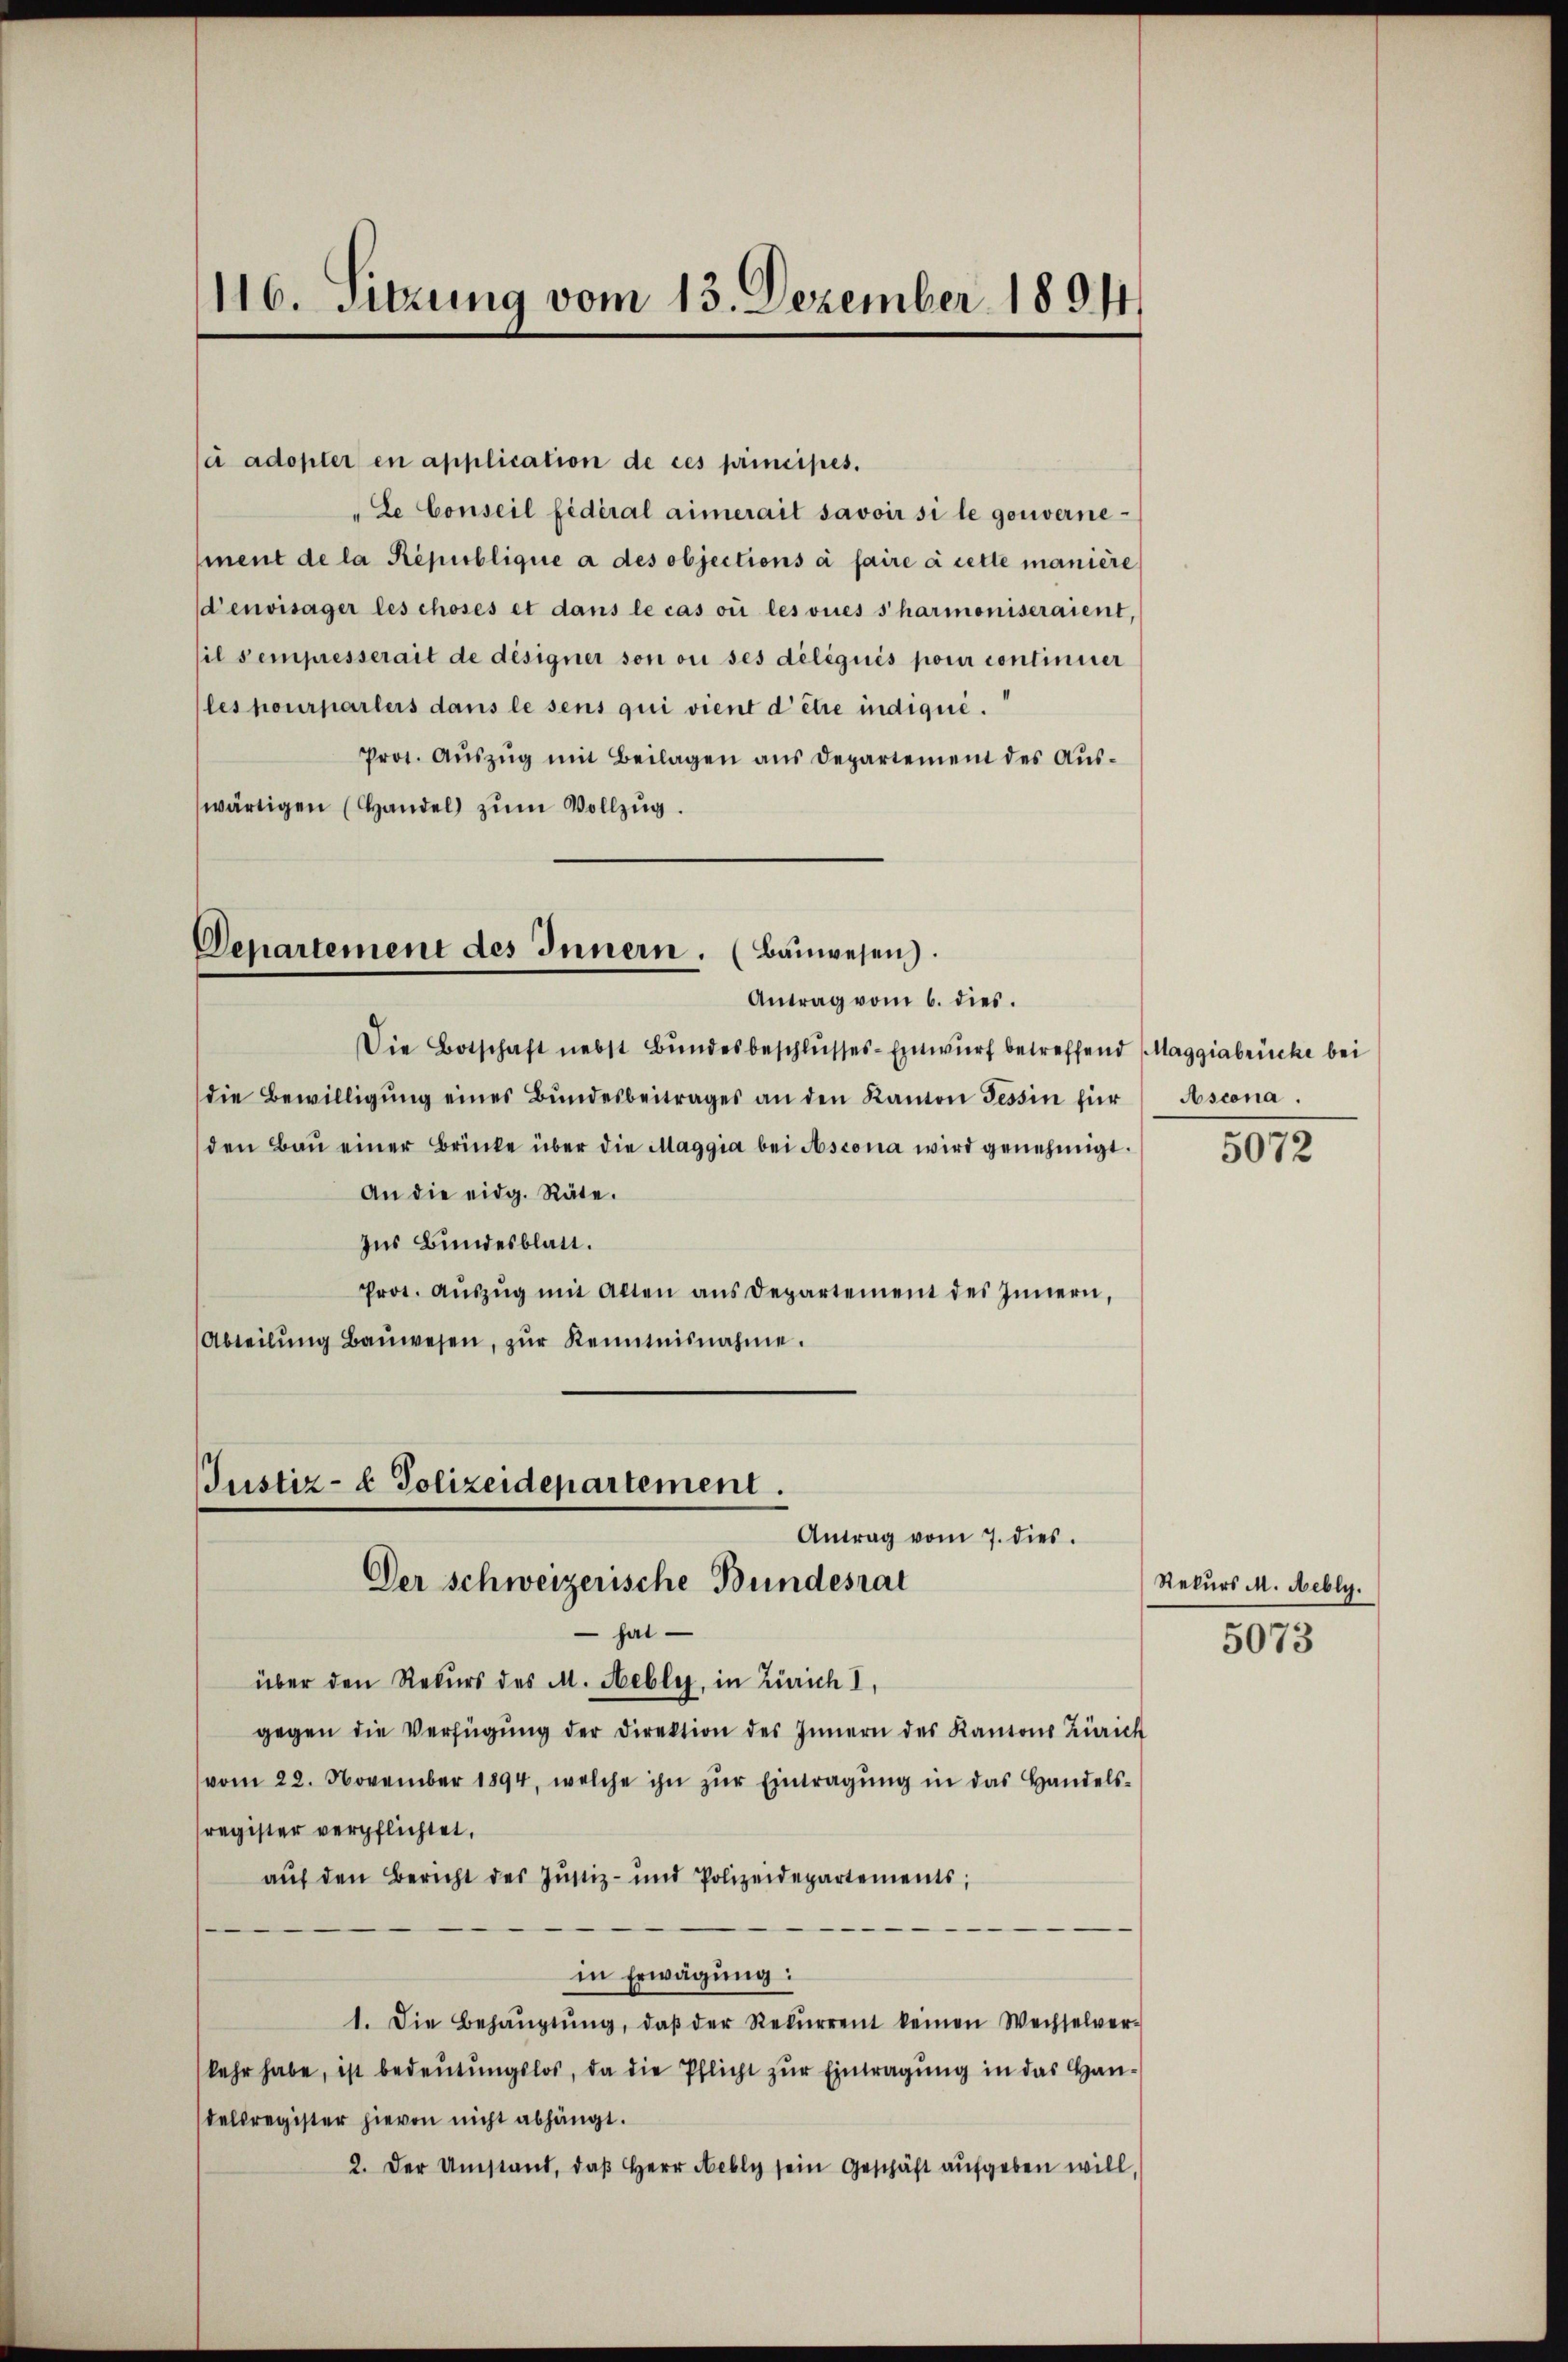
116. Sitzung vom 15. Dezember 1894.

à adopter en application de ces principés.
"Le Conseil fédéral aimerait savoir si le gouverne-
ment de la République a des objections à faire à cette manière
d’envisager les choses et dans le cas où les vues sharmoniseraient,
il sempresserait de désigner son ou ses deliquis pour continuer
(les pourparters dans le sens qui vient d’être indiqué.
Prot. Aŭszŭg mit Beilagen aus Departement des Auswärtigen (Handel zum Vollzug.

Departement des Innern. (Bauwesen.
Antrag vom 6. dies.

Justiz- & Polizeidepartement.
Antrag vom 7. dies

Die Botschaft nebst Bŭndesbeschlŭsses-Entwurf betreffend (Maggiabrücke bei
die Bewilligŭng eines Bŭndesbeitrages an den Kanton Tessin für Ascona
den Baŭ einer Brücke über die Maggia bei Ascona wird genehmigt.
An die eidg. Räte.
Ins Bundesblatt.
Prot. Aŭszŭg mit Alten ans Departement des Innern,
Abteilŭng Baŭwesen, zŭr Kenntnisnahme.

Der schweizerische Bundesrat
hat
über den Rekurs des M. Hebler, in Zürich I,
gegen die Verfügŭng der Direktion des Innern des Kantons Zürich
vom 22. November 1894, welche ihn zŭr Eintragŭng in das Handels-
register verpflichtet,
auf den Bericht des Justiz- und Polizeidepartements;
in Erwägung:
1. Die Behaŭptŭng, daβ der Rekŭrrent keinen Wechselver-
kehr habe, ist bedeutungslos, da die Pflicht zur Eintragung in das Handelsregister hievon nicht abhängt.
2. Der Umstand, daβ Herr Nebly sein Geschäft aufgeben will,

5072

Rekurs M. Hebly.

5073